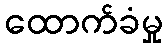
ထောက်ခံမှု